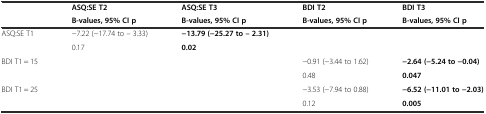
<table><thead><tr><td></td><td><b>ASQ:SE T2</b></td><td><b>ASQ:SE T3</b></td><td><b>BDI T2</b></td><td><b>BDI T3</b></td></tr><tr><td></td><td><b>B-values, 95% CI p</b></td><td><b>B-values, 95% CI p</b></td><td><b>B-values, 95% CI p</b></td><td><b>B-values, 95% CI p</b></td></tr></thead><tbody><tr><td>ASQ:SE T1</td><td>−7.22 (−17.74 to – 3.33)</td><td><b>−13.79 (−25.27 to – 2.31)</b></td><td></td><td></td></tr><tr><td></td><td>0.17</td><td><b>0.02</b></td><td></td><td></td></tr><tr><td>BDI T1 = 15</td><td></td><td></td><td>−0.91 (−3.44 to 1.62)</td><td><b>−2.64 (−5.24 to −0.04)</b></td></tr><tr><td></td><td></td><td></td><td>0.48</td><td><b>0.047</b></td></tr><tr><td>BDI T1 = 25</td><td></td><td></td><td>−3.53 (−7.94 to 0.88)</td><td><b>−6.52 (−11.01 to −2.03)</b></td></tr><tr><td></td><td></td><td></td><td>0.12</td><td><b>0.005</b></td></tr></tbody></table>